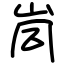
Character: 峝